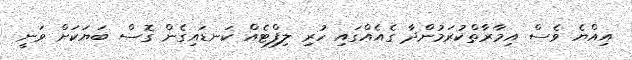
އިއްޔެ ވެސް އިމާރާތްކުރަމުންދާ ގެއެއްގައި ހުރި ލިފްޓެއް ކަނޑައިގެން ގޮސް ބަޔަކަށް ވަނީ